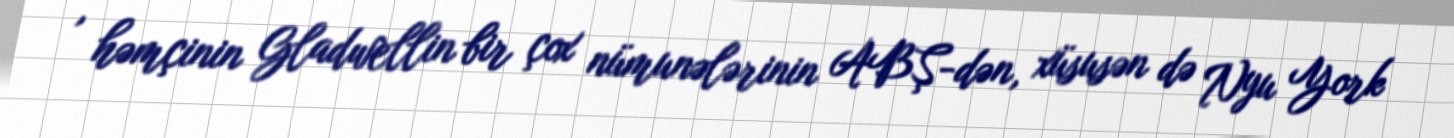
, həmçinin Gladwellin bir çox nümunələrinin ABŞ-dən, xüsusən də Nyu York